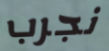
نجرب